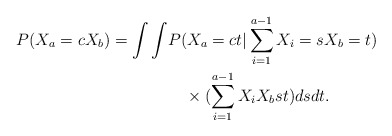
\begin{align*}P(X_a=cX_b)=\int\int &P(X_a=ct|\sum_{i=1}^{a-1}X_i=s X_b=t)\\&\quad\times( \sum_{i=1}^{a-1}X_i X_b s t) dsdt.\end{align*}